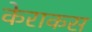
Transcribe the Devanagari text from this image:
केराकस